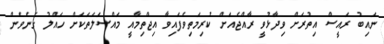
ނައިބު ރައީސް އިތުރަށް ވިދާޅުވީ ރާއްޖެއަށް ކުރިމަތިވެފައިވާ އިޖްތިމާއީ މައްސަލަތަކަށް ހައްލު ގެނެވެން